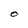
Character: O